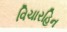
વિચારહિન